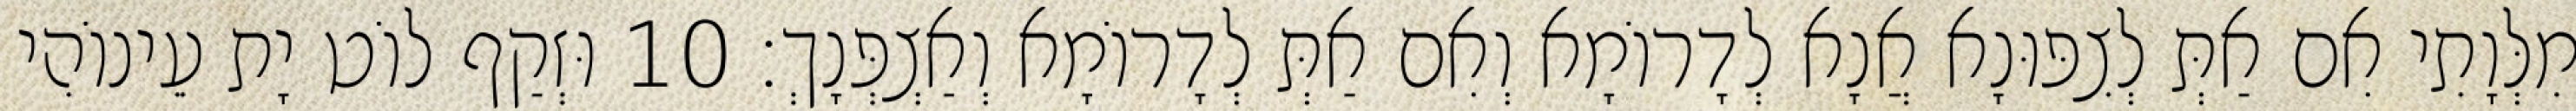
מִלְּוָתִי אִם אַתְּ לְצִפּוּנָא אֲנָא לְדָרוֹמָא וְאִם אַתְּ לְדָרוֹמָא וְאַצְפְּנָךְ׃ 10 וּזְקַף לוֹט יָת עֵינוֹהִי